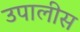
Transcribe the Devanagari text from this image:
उपालीस